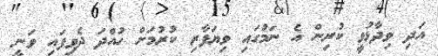
އަދި ވިދާޅުވީ ކުރިން އެ ނަމުގައި ވިޔަފާރި ކުރުމަށް ހުއްދަ ދެވިފައި ވަނީ